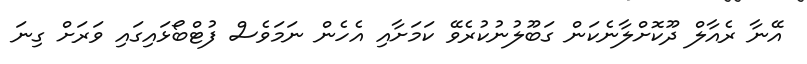
އޭނާ ރެއާލް ދޫކޮށްލާނެކަން ގަބޫލުނުކުރެވޭ ކަމަށާއި އެހެން ނަމަވެސް ފުޓްބޯޅައިގައި ވަރަށް ގިނަ